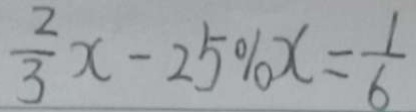
\frac { 2 } { 3 } x - 2 5 \% x = \frac { 1 } { 6 }